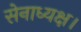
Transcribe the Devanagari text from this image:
सेनाध्यक्ष।